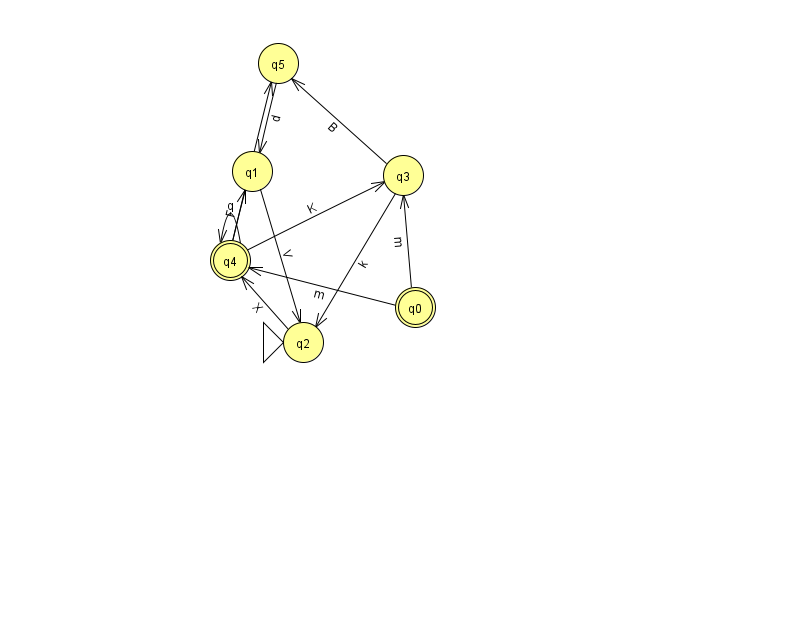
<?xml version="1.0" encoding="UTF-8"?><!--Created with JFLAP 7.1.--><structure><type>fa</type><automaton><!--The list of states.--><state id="0" name="q0"><x>415.0</x><y>294.0</y><final/></state><state id="1" name="q1"><x>252.0</x><y>158.0</y></state><state id="2" name="q2"><x>303.0</x><y>329.0</y><initial/></state><state id="3" name="q3"><x>403.0</x><y>162.0</y></state><state id="4" name="q4"><x>230.0</x><y>247.0</y><final/></state><state id="5" name="q5"><x>278.0</x><y>50.0</y></state><!--The list of transitions.--><transition><from>4</from><to>4</to><read>q</read></transition><transition><from>0</from><to>3</to><read>m</read></transition><transition><from>0</from><to>4</to><read>m</read></transition><transition><from>5</from><to>1</to><read>d</read></transition><transition><from>3</from><to>2</to><read>k</read></transition><transition><from>3</from><to>5</to><read>B</read></transition><transition><from>2</from><to>4</to><read>X</read></transition><transition><from>4</from><to>3</to><read>K</read></transition><transition><from>4</from><to>5</to><read>c</read></transition><transition><from>4</from><to>1</to><read>F</read></transition><transition><from>1</from><to>2</to><read>V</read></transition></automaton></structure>